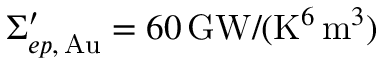
\Sigma _ { e p , \, \mathrm { A u } } ^ { \prime } = 6 0 \, \mathrm { G W } / ( \mathrm { K } ^ { 6 } \, \mathrm { m } ^ { 3 } )